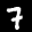
Label: 7